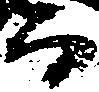
而